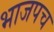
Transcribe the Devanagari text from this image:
भाजपच